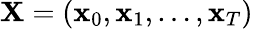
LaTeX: \mathbf{X}=(\mathbf{x}_{0},\mathbf{x}_{1},\dots,\mathbf{x}_{T})